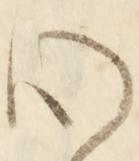
心